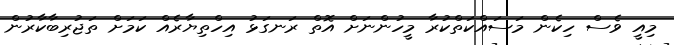
މިއީ ވެސް ހިކެން މަސައްކަތްކުރާ މީހުންނަށް އޮތް ރަނގަޅު އިހްތިޔާރެއް ކަމަށް ތަޖުރިބާކާރުން